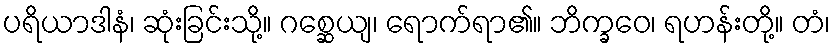
ပရိယာဒါနံ၊ ဆုံးခြင်းသို့။ ဂစ္ဆေယျ၊ ရောက်ရာ၏။ ဘိက္ခဝေ၊ ရဟန်းတို့။ တံ၊